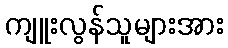
ကျူးလွန်သူများအား